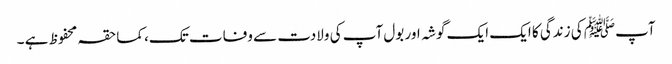
آپﷺ کی زندگی کا ایک ایک گوشہ اور بول آپ کی ولادت سے وفات تک، کماحقہ محفوظ ہے ۔